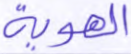
الهوية